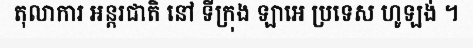
តុលាការ អន្តរជាតិ នៅ ទីក្រុង ឡាអេ ប្រទេស ហូឡង់ ។